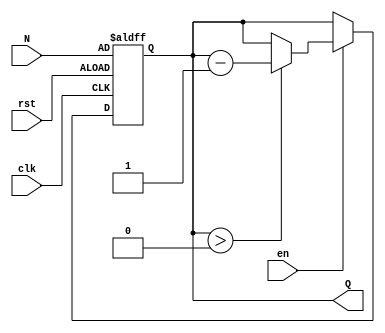
module down_counter (
    input wire clk,        // Clock signal
    input wire rst,        // Asynchronous reset
    input wire en,         // Enable signal
    input wire [7:0] N,    // Initial count value (assuming maximum value for a 8-bit counter)
    output reg [7:0] Q     // Current count value
);

// Always block triggered on the rising edge of the clock or asynchronous reset
always @(posedge clk or posedge rst) begin
    if (rst) begin
        Q <= N;  // Reset the counter to its maximum value N
    end else if (en) begin
        if (Q > 0) begin
            Q <= Q - 1;  // Decrement the counter if enabled and not at zero
        end
        // If Q is zero, it retains its value on further clock pulses
    end
end

endmodule